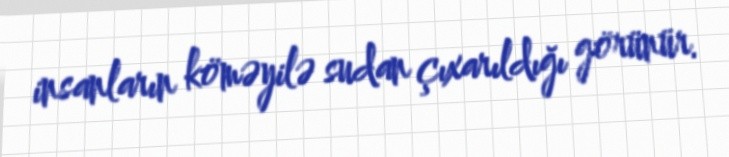
insanların köməyilə sudan çıxarıldığı görünür.